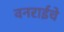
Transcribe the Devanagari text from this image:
वनराईचे